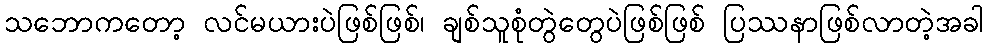
သဘောကတော့ လင်မယားပဲဖြစ်ဖြစ်၊ ချစ်သူစုံတွဲတွေပဲဖြစ်ဖြစ် ပြဿနာဖြစ်လာတဲ့အခါ